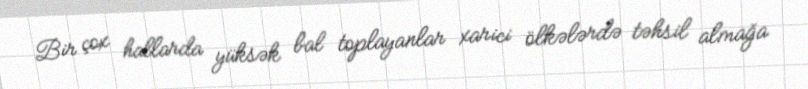
Bir çox hallarda yüksək bal toplayanlar xarici ölkələrdə təhsil almağa